Scottish Certificate of Education, 1962
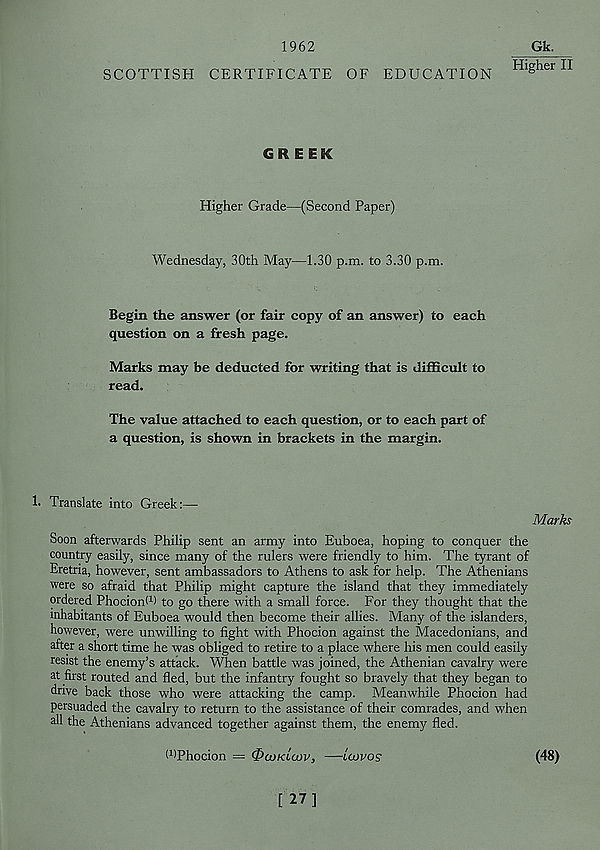
1962
SCOTTISH CERTIFICATE OF EDUCATION
Gk.
Higher II
GREEK
Higher Grade—(Second Paper)
Wednesday, 30th May—1.30 p.m. to 3.30 p.m.
Begin the answer (or fair copy of an answer) to each
question on a fresh page.
Marks may be deducted for writing that is difficult to
read.
The value attached to each question, or to each part of
a question, is shown in brackets in the margin.
1. Translate into Greek:—
Marks
Soon afterwards Philip sent an army into Euboea, hoping to conquer the
country easily, since many of the rulers were friendly to him. The tyrant of
Eretria, however, sent ambassadors to Athens to ask for help. The Athenians
were so afraid that Philip might capture the island that they immediately
ordered PhocionP) to go there with a small force. For they thought that the
inhabitants of Euboea would then become their allies. Many of the islanders,
however, were unwilling to fight with Phocion against the Macedonians, and
after a short time he was obliged to retire to a place where his men could easily
resist the enemy’s attack. When battle was joined, the Athenian cavalry were
at first routed and fled, but the infantry fought so bravely that they began to
drive back those who were attacking the camp. Meanwhile Phocion had
persuaded the cavalry to return to the assistance of their comrades, and when
all the Athenians advanced together against them, the enemy fled.
WPhocion — &u)Klo)v, —iowos
(48)
[ 27]